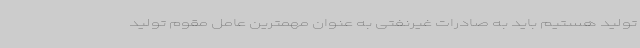
تولید هستیم باید به صادرات غیرنفتی به عنوان مهمترین عامل مقوم تولید